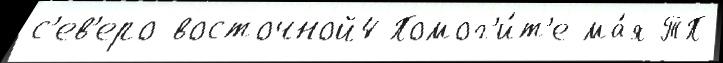
с'ев'еро-восточной4 Помог'и́т'е ма́я ТП